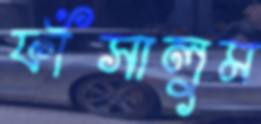
ফাঁসালুম